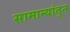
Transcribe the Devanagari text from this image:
सामान्यांतून